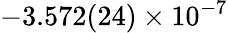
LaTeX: -3.572(24)\times 10^{-7}